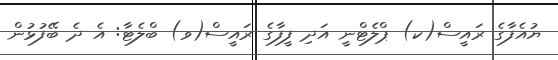
ޔުއެފާގެ ރައީސް(ކ) ޕްލެޓްނީ އަދި ފީފާގެ ރައީސް(ވ) ބްލެޓާ: އެ ދެ ބޭފުޅުން